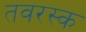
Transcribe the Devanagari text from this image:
तवरस्क